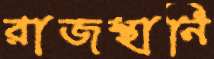
রাজস্থানি